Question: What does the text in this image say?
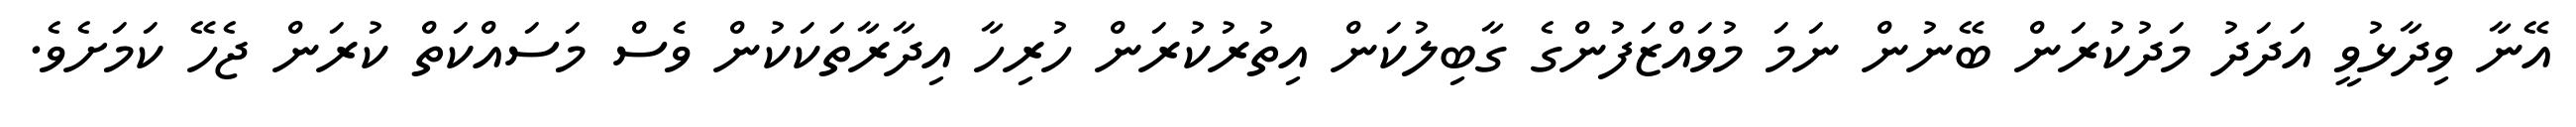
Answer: އޭނާ ވިދާޅުވީ އަދަދު މަދުކުރަން ބޭނުން ނަމަ މުވައްޒަފުންގެ ގާބިލުކަން އިތުރުކުރަން ހުރިހާ އިދާރާތަކަކުން ވެސް މަސައްކަތް ކުރަން ޖެހޭ ކަމަށެވެ.